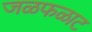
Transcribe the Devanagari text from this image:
जळफळाट